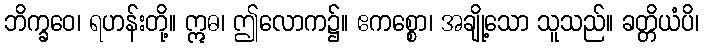
ဘိက္ခဝေ၊ ရဟန်းတို့။ ဣဓ၊ ဤလောက၌။ ဧကစ္စော၊ အချို့သော သူသည်။ ခတ္တိယံပိ၊